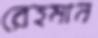
রেহমান